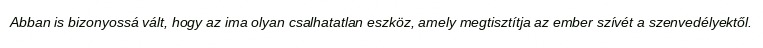
Abban is bizonyossá vált, hogy az ima olyan csalhatatlan eszköz, amely megtisztítja az ember szívét a szenvedélyektől.